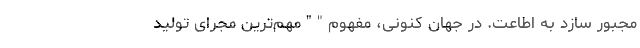
مجبور سازد به اطاعت. در جهان کنونی، مفهوم " " مهم‌ترین مجرای تولید